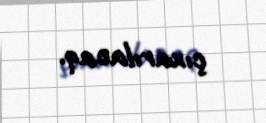
çıxarılacaq.